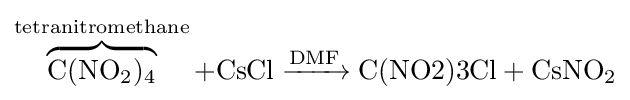
\overbrace {\mathrm {C} (\mathrm {NO} {\vphantom {A}}_{\smash[{t}]{2}}){\vphantom {A}}_{\smash[{t}]{4}}} ^{\text{tetranitromethane}}+{\mathrm {CsCl} {}\mathrel {\xrightarrow {\mathrm {DMF} } } {}{\text{C(NO2)3Cl}}{}+{}\mathrm {CsNO} {\vphantom {A}}_{\smash[{t}]{2}}}